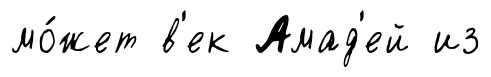
мо́жет в'ек Амад'ей из